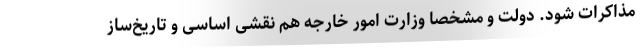
مذاکرات شود. دولت و مشخصا وزارت امور خارجه هم نقشی اساسی و تاریخ‌ساز